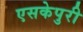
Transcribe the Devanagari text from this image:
एसकेपुरी